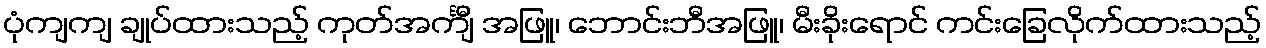
ပုံကျကျ ချုပ်ထားသည့် ကုတ်အင်္ကျီ အဖြူ၊ ဘောင်းဘီအဖြူ၊ မီးခိုးရောင် ကင်းခြေလိုက်ထားသည့်